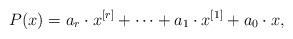
\begin{align*}P(x)= a_r \cdot x^{[r]}+\cdots +a_1\cdot x^{[1]}+a_0\cdot x,\end{align*}